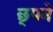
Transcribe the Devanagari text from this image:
छ्पने